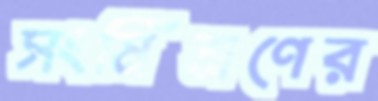
সংমিশ্রণের